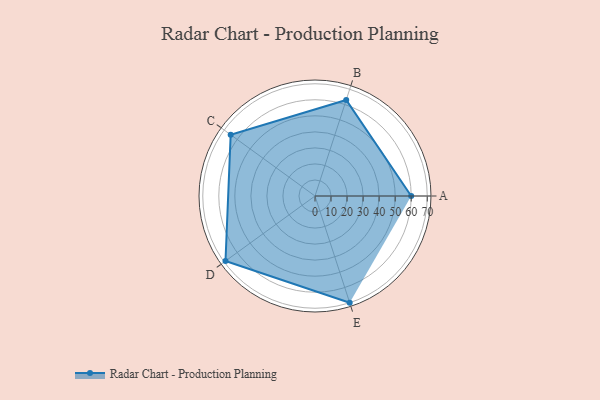
{"axis": {"x": "Skill", "y": "Score"}, "legend": ["Profile"], "data": [{"x": "A", "y": 60.0, "type": "Profile"}, {"x": "B", "y": 63.0, "type": "Profile"}, {"x": "C", "y": 65.0, "type": "Profile"}, {"x": "D", "y": 69.0, "type": "Profile"}, {"x": "E", "y": 70.0, "type": "Profile"}]}